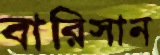
বারিসান